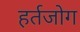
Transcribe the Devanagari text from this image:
हर्तजोग